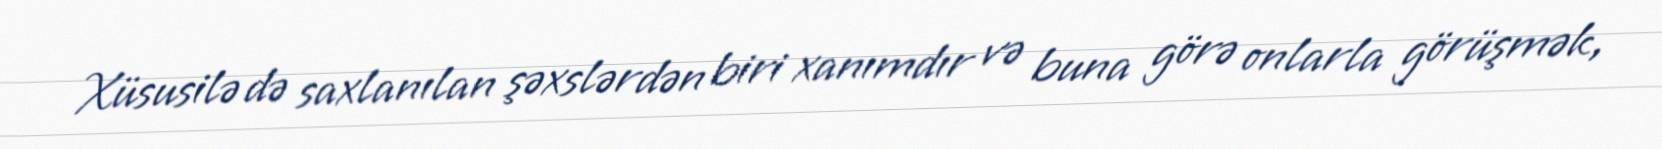
Xüsusilə də saxlanılan şəxslərdən biri xanımdır və buna görə onlarla görüşmək,